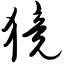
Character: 獍